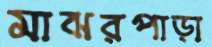
মাঝরপাড়া